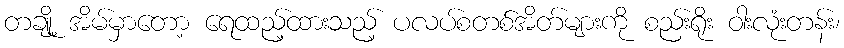
တချို့ အိမ်မှာတော့ ရေထည့်ထားသည့် ပလပ်စတစ်အိတ်များကို စည်းရိုး ဝါးလုံးတန်း၊